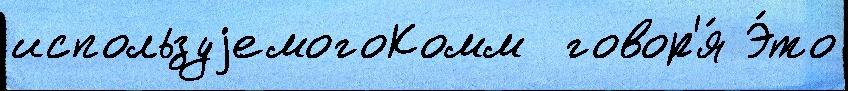
используjемогоКомм  говор'я́ Э́то